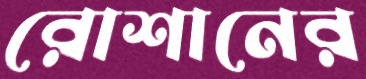
রোশানের